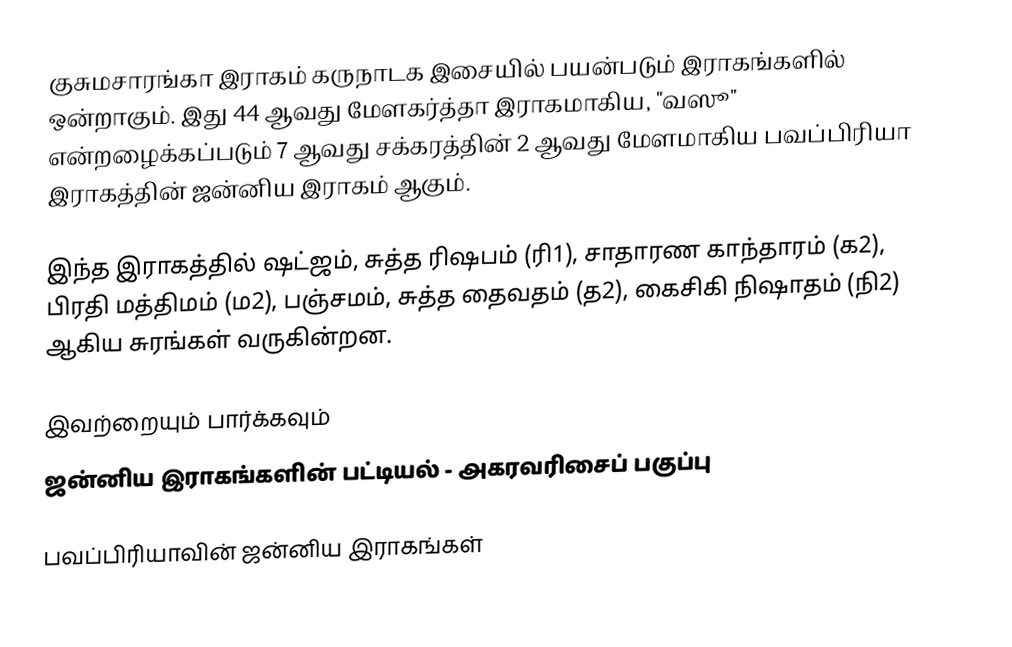
குசுமசாரங்கா இராகம் கருநாடக இசையில் பயன்படும் இராகங்களில் ஒன்றாகும். இது 44 ஆவது மேளகர்த்தா இராகமாகிய, "வஸூ" என்றழைக்கப்படும் 7 ஆவது சக்கரத்தின் 2 ஆவது மேளமாகிய பவப்பிரியா இராகத்தின் ஜன்னிய இராகம் ஆகும்.

இந்த இராகத்தில் ஷட்ஜம், சுத்த ரிஷபம் (ரி1),  சாதாரண காந்தாரம் (க2), பிரதி மத்திமம் (ம2), பஞ்சமம், சுத்த தைவதம் (த2), கைசிகி நிஷாதம்  (நி2) ஆகிய சுரங்கள் வருகின்றன.

இவற்றையும் பார்க்கவும்
 ஜன்னிய இராகங்களின் பட்டியல் - அகரவரிசைப் பகுப்பு

பவப்பிரியாவின் ஜன்னிய இராகங்கள்